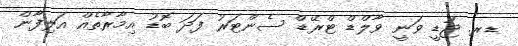
ޑރ. ޖުޑީ ވަނީ ވާލްޑް ޓްރޭޑް ސެންޓަރު ފަދަ ބޮޑު އިމާރާތެއް އަލިފާން